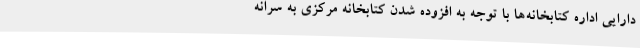
دارایی اداره کتابخانه‌ها با توجه به افزوده شدن کتابخانه مرکزی به سرانه